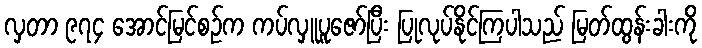
လှတာ ၉၇၄ အောင်မြင်စဉ်က ကပ်လှူပူဇော်ပြီး ပြုလုပ်နိုင်ကြပါသည် မြတ်ထွန်းခါးကို